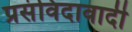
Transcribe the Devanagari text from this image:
प्रसंविदावादी